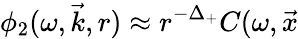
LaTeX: \phi_{2}(\omega,\vec{k},r)\approx r^{-\Delta_{+}}C(\omega,\vec{x}